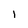
Character: 1